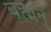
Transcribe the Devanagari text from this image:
ब्रह्मनुं